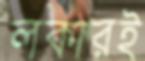
লকারই